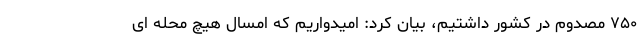
۷۵۰ مصدوم در کشور داشتیم، بیان کرد: امیدواریم که امسال هیچ محله ای